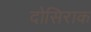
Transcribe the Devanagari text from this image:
दोसिराक